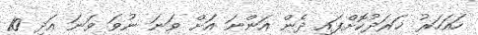
ހައަހަރު ޚަރަދުކޮށްފައި ދެން އަންނަ އަށް ވަނަ ނުވަ ވަނަ އަދި 10